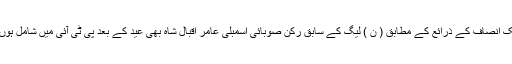
تحریک انصاف کے ذرائع کے مطابق ( ن ) لیگ کے سابق رکن صوبائی اسمبلی عامر اقبال شاہ بھی عید کے بعد پی ٹی آئی میں شامل ہوں گے۔